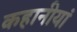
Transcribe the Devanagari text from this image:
कहानीयां